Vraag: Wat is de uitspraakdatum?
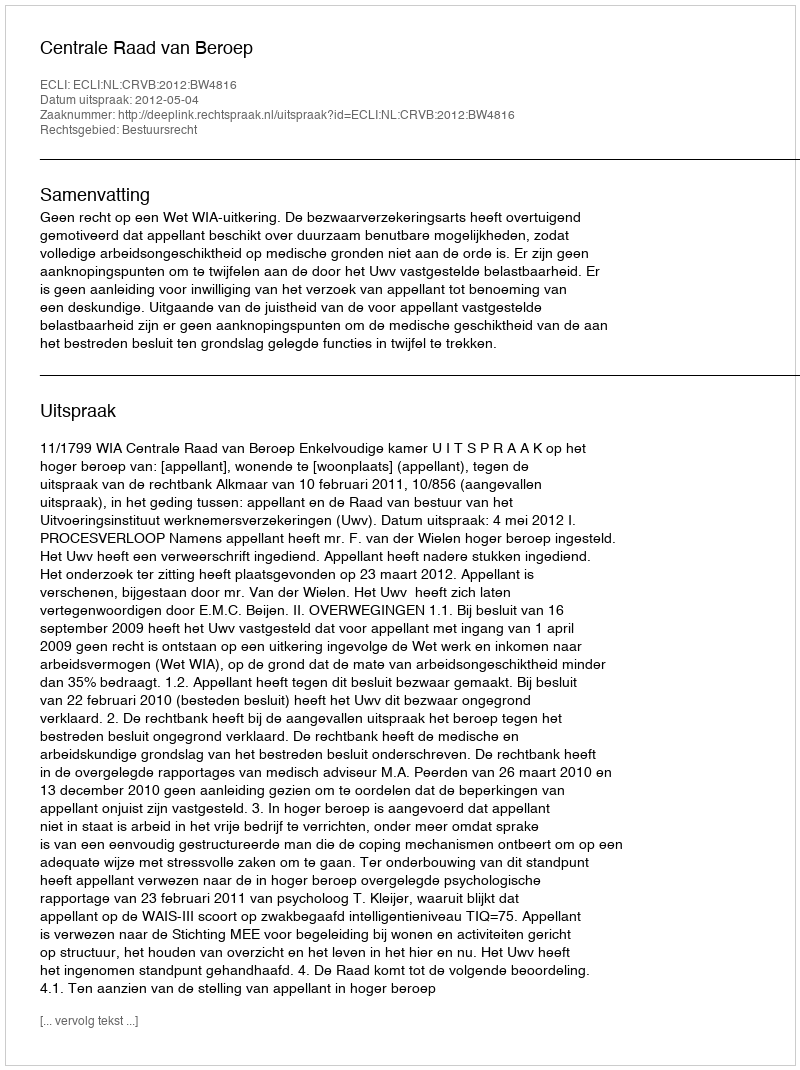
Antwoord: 2012-05-04